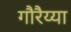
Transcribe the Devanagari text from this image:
गौरैय्या